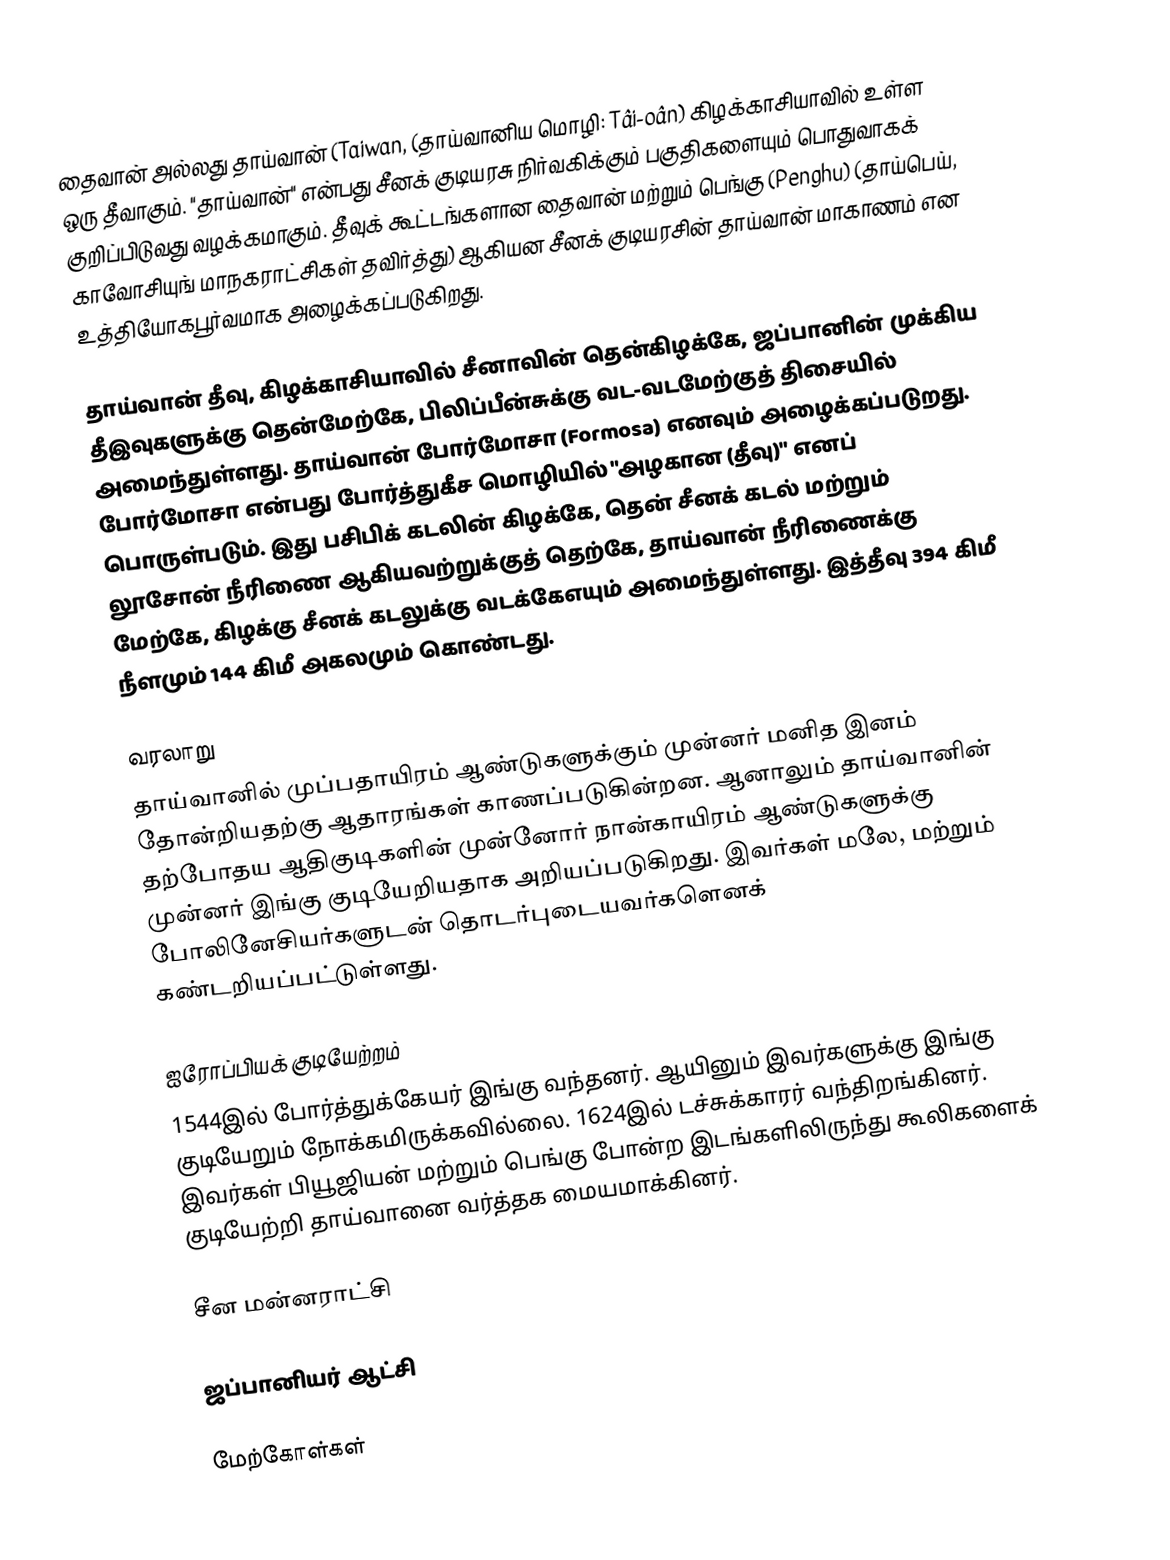
தைவான் அல்லது தாய்வான் (Taiwan, (தாய்வானிய மொழி: Tâi-oân) கிழக்காசியாவில் உள்ள ஒரு தீவாகும். "தாய்வான்" என்பது சீனக் குடியரசு நிர்வகிக்கும் பகுதிகளையும் பொதுவாகக் குறிப்பிடுவது வழக்கமாகும். தீவுக் கூட்டங்களான தைவான் மற்றும் பெங்கு (Penghu) (தாய்பெய், காவோசியுங் மாநகராட்சிகள் தவிர்த்து) ஆகியன சீனக் குடியரசின் தாய்வான் மாகாணம் என உத்தியோகபூர்வமாக அழைக்கப்படுகிறது.

தாய்வான் தீவு, கிழக்காசியாவில் சீனாவின் தென்கிழக்கே, ஜப்பானின் முக்கிய தீஇவுகளுக்கு தென்மேற்கே, பிலிப்பீன்சுக்கு வட-வடமேற்குத் திசையில் அமைந்துள்ளது. தாய்வான் போர்மோசா (Formosa) எனவும் அழைக்கப்படுறது. போர்மோசா என்பது போர்த்துகீச மொழியில் "அழகான (தீவு)" எனப் பொருள்படும். இது பசிபிக் கடலின் கிழக்கே, தென் சீனக் கடல் மற்றும் லூசோன் நீரிணை ஆகியவற்றுக்குத் தெற்கே, தாய்வான் நீரிணைக்கு மேற்கே, கிழக்கு சீனக் கடலுக்கு வடக்கேஎயும் அமைந்துள்ளது. இத்தீவு 394 கிமீ நீளமும் 144 கிமீ அகலமும் கொண்டது.

வரலாறு
தாய்வானில் முப்பதாயிரம் ஆண்டுகளுக்கும் முன்னர் மனித இனம் தோன்றியதற்கு ஆதாரங்கள் காணப்படுகின்றன. ஆனாலும் தாய்வானின் தற்போதய ஆதிகுடிகளின் முன்னோர் நான்காயிரம் ஆண்டுகளுக்கு முன்னர் இங்கு குடியேறியதாக அறியப்படுகிறது. இவர்கள் மலே, மற்றும் போலினேசியர்களுடன் தொடர்புடையவர்களெனக் கண்டறியப்பட்டுள்ளது.

ஐரோப்பியக் குடியேற்றம்
1544இல் போர்த்துக்கேயர் இங்கு வந்தனர். ஆயினும் இவர்களுக்கு இங்கு குடியேறும் நோக்கமிருக்கவில்லை. 1624இல் டச்சுக்காரர் வந்திறங்கினர். இவர்கள் பியூஜியன் மற்றும் பெங்கு போன்ற இடங்களிலிருந்து கூலிகளைக் குடியேற்றி தாய்வானை வர்த்தக மையமாக்கினர்.

சீன மன்னராட்சி

ஜப்பானியர் ஆட்சி

மேற்கோள்கள்